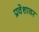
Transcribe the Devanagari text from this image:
प्रवेशावर